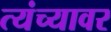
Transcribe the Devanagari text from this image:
त्यंच्यावर